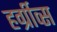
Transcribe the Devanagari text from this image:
हर्ग्रीव्स